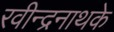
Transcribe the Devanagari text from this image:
रवीन्द्रनाथके